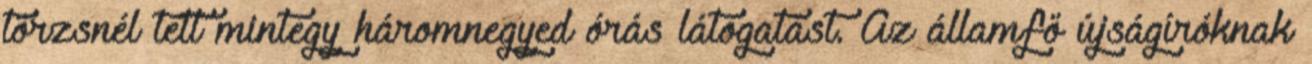
törzsnél tett mintegy háromnegyed órás látogatást. Az államfő újságíróknak